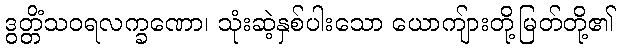
ဒွတ္တိံသဝရလက္ခဏော၊ သုံးဆဲ့နှစ်ပါးသော ယောကျ်ားတို့မြတ်တို့၏